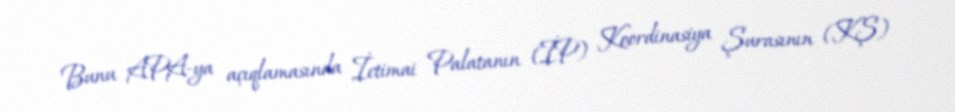
Bunu APA-ya açıqlamasında İctimai Palatanın (İP) Koordinasiya Şurasının (KŞ)